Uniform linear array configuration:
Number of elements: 12
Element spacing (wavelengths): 0.5
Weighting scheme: hann
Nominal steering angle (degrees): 30
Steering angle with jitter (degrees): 30.461
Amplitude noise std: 0.05
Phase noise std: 0.05

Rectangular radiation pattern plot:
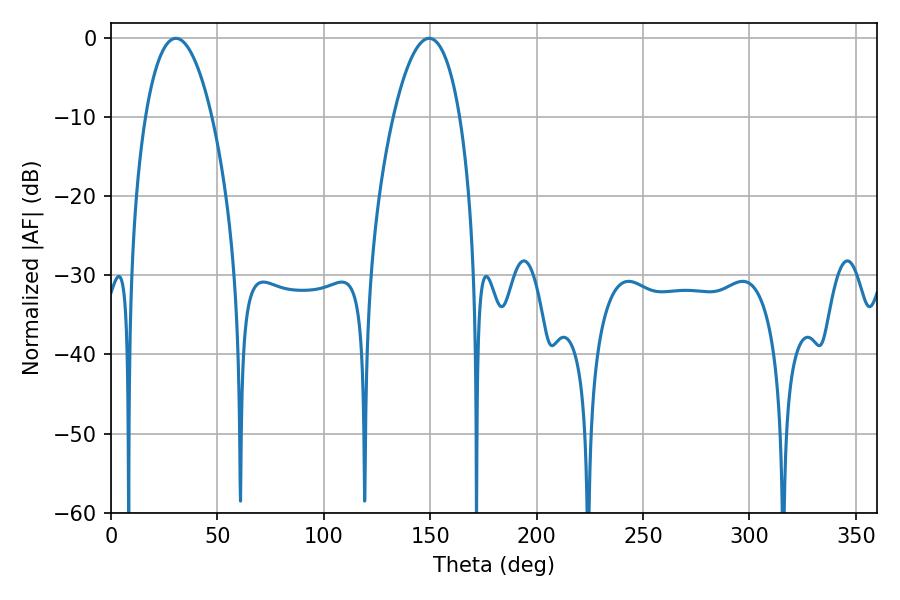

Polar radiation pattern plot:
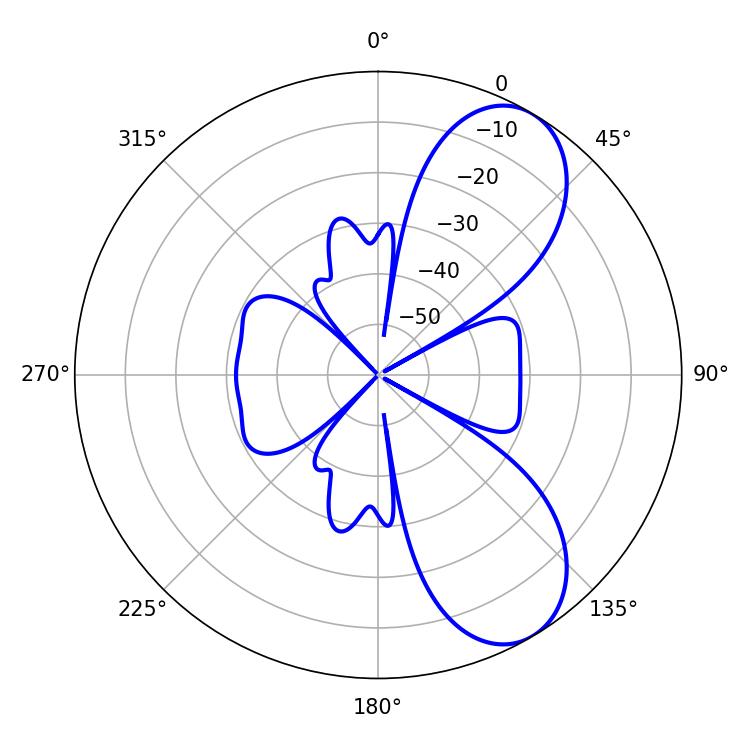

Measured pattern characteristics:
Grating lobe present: FALSE
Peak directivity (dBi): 7.796
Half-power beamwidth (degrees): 17.46
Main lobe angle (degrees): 30.42